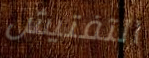
التفتيش